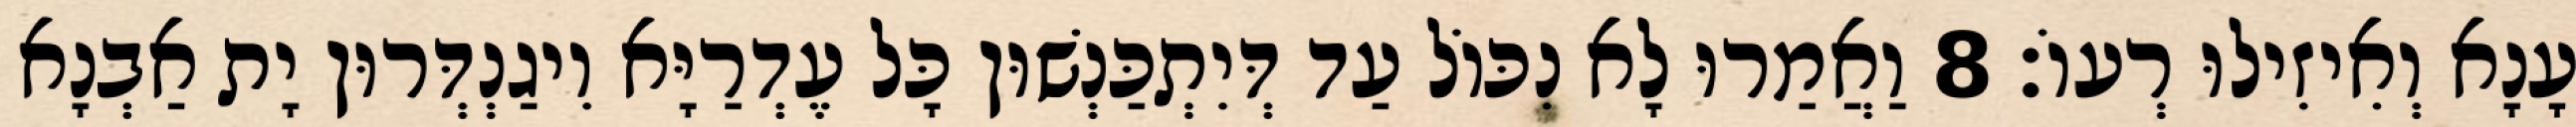
עָנָא וְאִיזִילוּ רְעוֹ׃ 8 וַאֲמַרוּ לָא נִכּוֹל עַד דְּיִתְכַּנְשׁוּן כָּל עֶדְרַיָּא וִיגַנְדְּרוּן יָת אַבְנָא